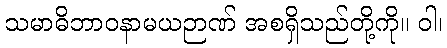
သမာဓိဘာဝနာမယဉာဏ် အစရှိသည်တို့ကို။ ဝါ၊